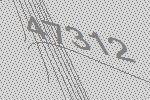
47312